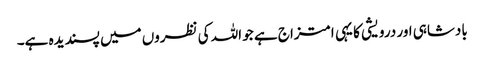
بادشاہی اور درویشی کا یہی امتزاج ہے جو اللہ کی نظروں میں پسندیدہ ہے۔